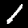
Label: 1